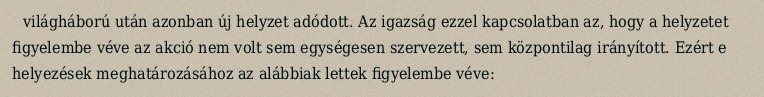
világháború után azonban új helyzet adódott. Az igazság ezzel kapcsolatban az, hogy a helyzetet figyelembe véve az akció nem volt sem egységesen szervezett, sem központilag irányított. Ezért e helyezések meghatározásához az alábbiak lettek figyelembe véve: